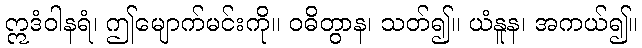
ဣဒံဝါနရံ၊ ဤမျောက်မင်းကို။ ဝဓိတွာန၊ သတ်၍။ ယံနူန၊ အကယ်၍။